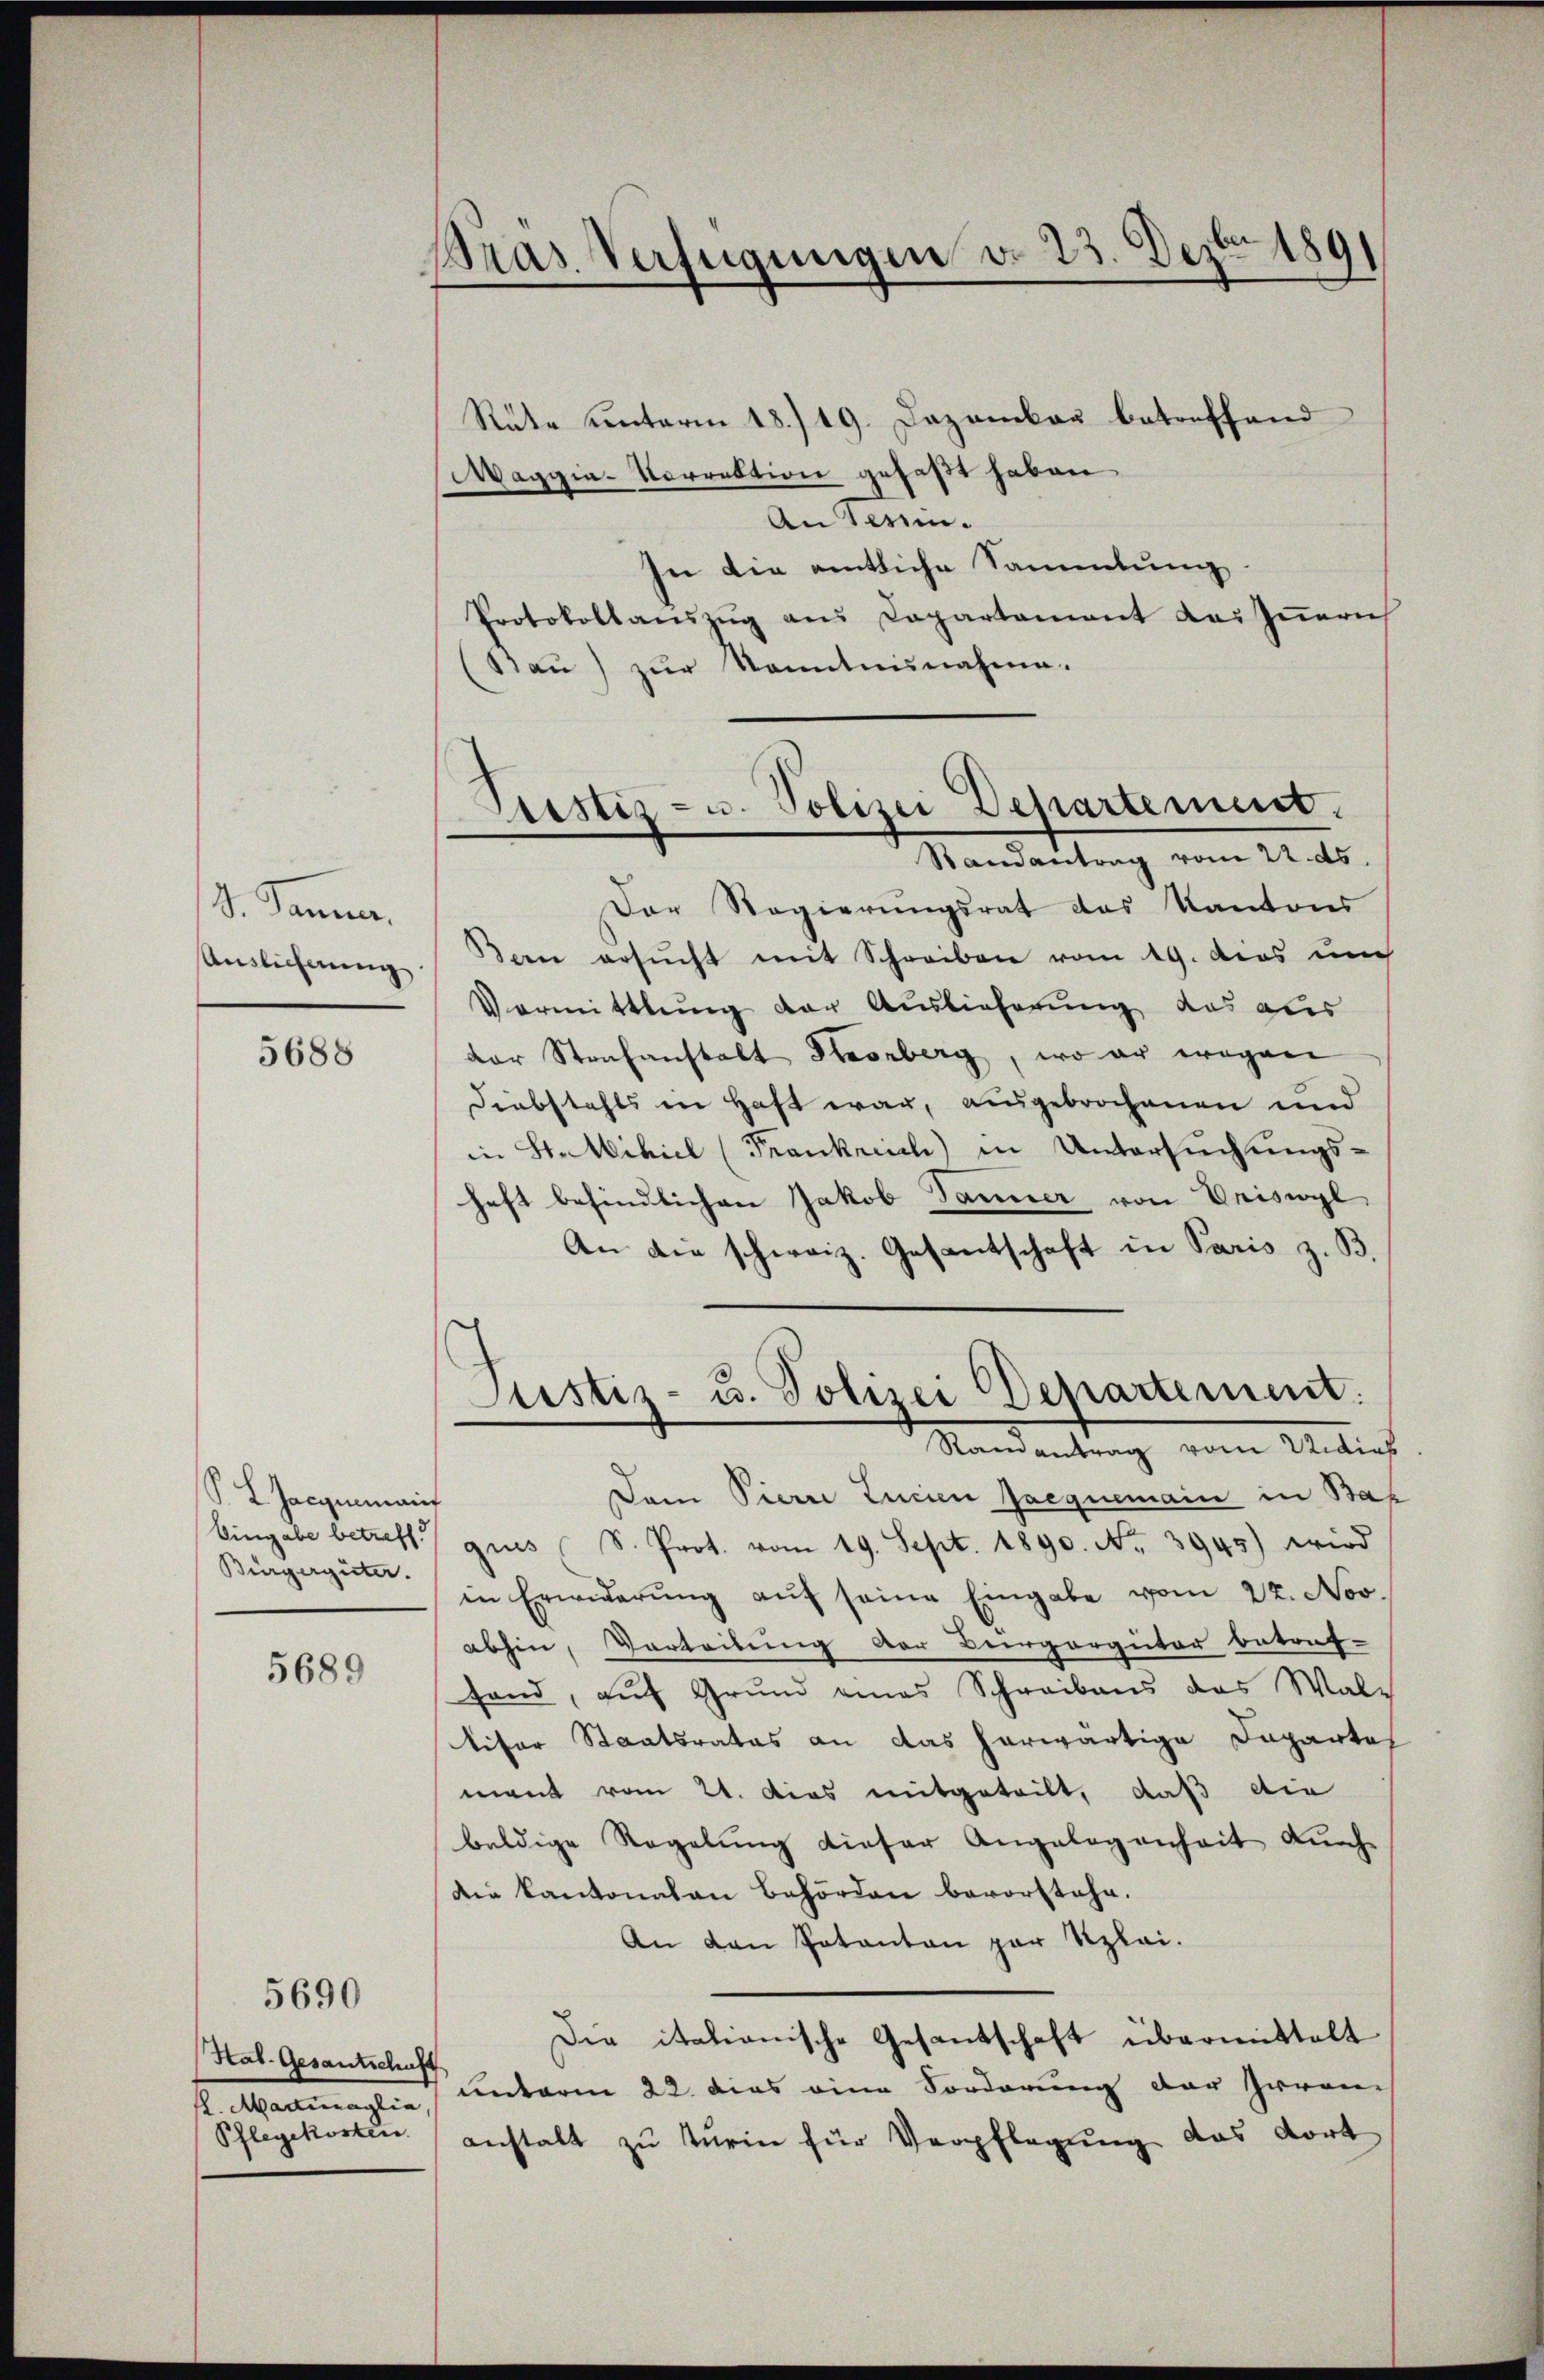
d. Tanne.
Ausliechnung

5688

P. L. Jacquemains
Eingabe betreff
Bürgergüter.

5689

5690

Hal. Gesantschaft
f. Mariaglia
Pflegekosten.

Pras Verfügungen do 23. Dezbr 1891

Aristiz- u. Polizei Departement.
Randantrag vom 22. ds.

Rüte unterm 18./19. Dezember betreffend
Maggia-Vorrektion gefaßt haben
An Verein.
In die amtliche Sammlung
Protokollanszŭg ans Capartament des Iṅerich
(Sau) zur Kenntnisnahme.
Der Regierungsrat des Kantons
Bern ersŭcht mit Schreiben vom 19. das un
Vormittlung der Auslieferung das aus
der Strafanstalt Storberg, wo er wegen
Diebstahls in Haft war, ausgebrochenen und
in Stativiel (Frankreich in Untersuchungshaft befindlichen Jakob Tanner von Eriswyl
An die schweiz. Gesantschaft in Paris z. B.
Justiz- u. Polizei Departement.
Ramantrag vom Vidias
Dem Pierre Encien frequemain in Bah
gues (S. Prot. vom 19. Sept. 1890. No. 3945) wird
in Erwiderŭng aŭf seine Eingabe vom 22. Nov.
abhin, Vertribung der Bergerguter betref-
fand, auf Grund eines Schreibens das Wale
lifer Staatsrates an das herwärtige Dapartal
mant vom 21. Dies mitgeteilt, daß die
baldige Regelung dieser Angelegenheit durch
die Kantonalen Behörden bevorstehe.
An den Patanton par Szlai.
Die italionische Gesantschaft übermittelt
unterm 22. dies eine Forderung der Iwan-
anstalt zu turin für Verpflegung das dort